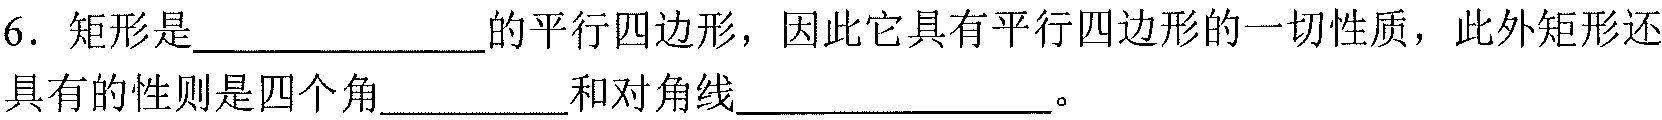
6. 矩形是______________的平行四边形，因此它具有平行四边形的一切性质，此外矩形还
具有的性则是四个角_________和对角线______________。